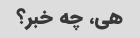
هی، چه خبر؟